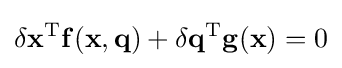
\delta \mathbf {x} ^{\mathrm {T} }\mathbf {f} (\mathbf {x} ,\mathbf {q} )+\delta \mathbf {q} ^{\mathrm {T} }\mathbf {g} (\mathbf {x} )=0